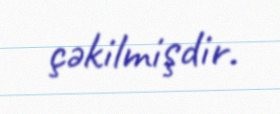
çəkilmişdir.